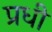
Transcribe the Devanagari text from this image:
प्रधी